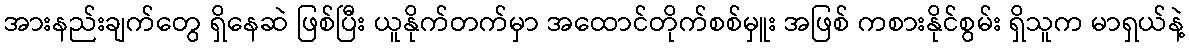
အားနည်းချက်တွေ ရှိနေဆဲ ဖြစ်ပြီး ယူနိုက်တက်မှာ အထောင်တိုက်စစ်မှူး အဖြစ် ကစားနိုင်စွမ်း ရှိသူက မာရှယ်နဲ့